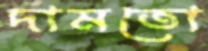
দামতো